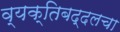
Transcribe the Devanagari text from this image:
व्यक्तिबद्दलचा